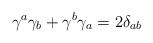
LaTeX: \begin{align*}\gamma^a \gamma_b + \gamma^b \gamma_a = 2 \delta_{ab}\end{align*}